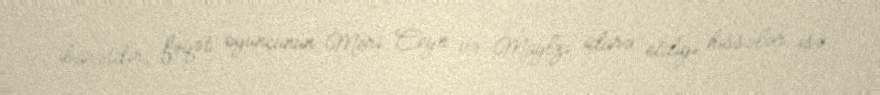
ibarətdir, fəqət oyunçunun Meri Ceyn və Maylzı idarə etdiyi hissələr isə